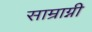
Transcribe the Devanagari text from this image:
साम्राग्नी